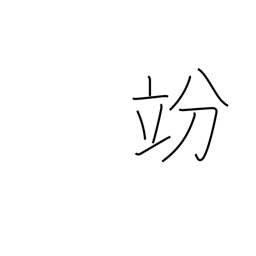
Meaning: decilitre